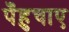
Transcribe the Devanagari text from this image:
पँहुचाए